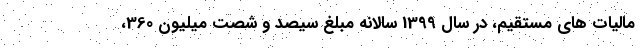
مالیات های مستقیم، در سال 1399 سالانه مبلغ سیصد و شصت میلیون 360،